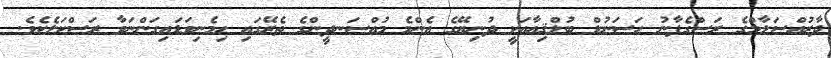
ދާރުއްސަލާމްގެ ރަސްގެފާނު ހަސަނުލް ބުލްޤިއާއަކީ ދުނިޔޭގެ އެންމެ މުއްސަނދީންގެ ތެރޭގައި ހިމެނިވަޑައިގަންނަވާ ރަސްކަލެކެވެ.